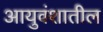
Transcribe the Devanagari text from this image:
आयुवंशातील